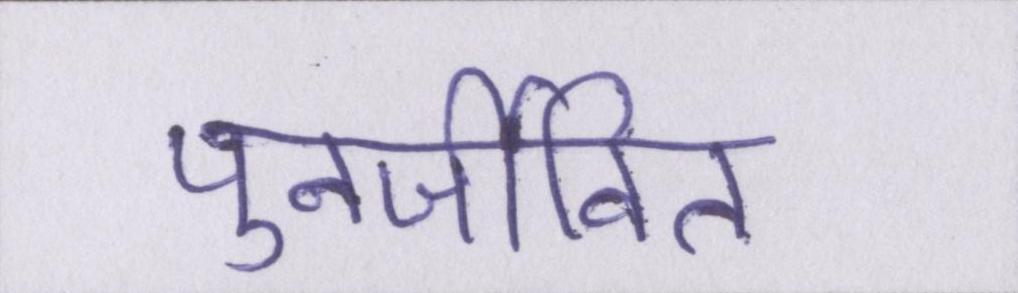
पुनर्जीवित